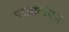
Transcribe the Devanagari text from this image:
परप्रांतीयच